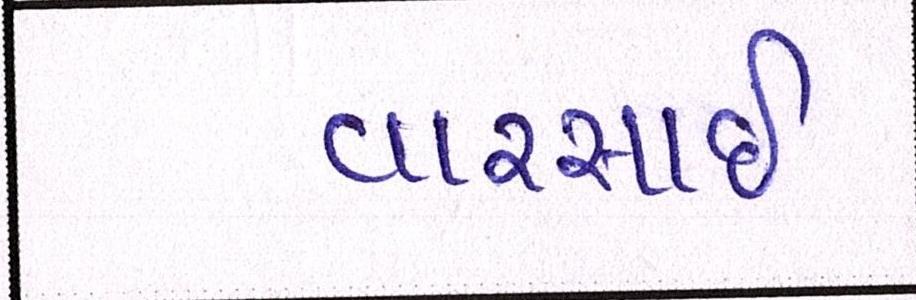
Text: વારસાઇ